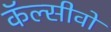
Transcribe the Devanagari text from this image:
कॅल्सीवो